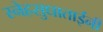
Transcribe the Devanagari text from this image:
स्नेहसुधाताईंनी